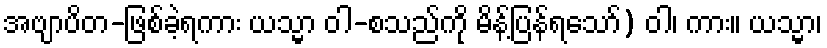
အဗျာပိတ-ဖြစ်ခဲ့ရကား ယသ္မာ ဝါ-စသည်ကို မိန့်ပြန်ရသော်) ဝါ၊ ကား။ ယသ္မာ၊